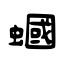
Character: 蟈